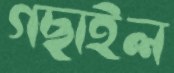
গছাইল